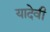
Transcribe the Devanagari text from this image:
यादेवी